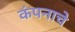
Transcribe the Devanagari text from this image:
कंपनाचे